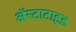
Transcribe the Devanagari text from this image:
अॅस्टाटाइड